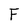
Character: F